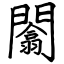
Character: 闟